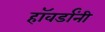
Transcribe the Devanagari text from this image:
हॉवर्डांनी